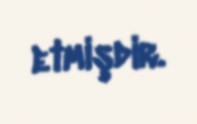
etmişdir.